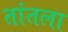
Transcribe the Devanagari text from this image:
तांतला